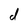
Character: d